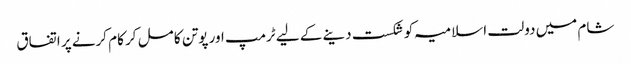
شام میں دولت اسلامیہ کو شکست دینے کے لیے ٹرمپ اور پوتن کا مل کر کام کرنے پر اتفاق